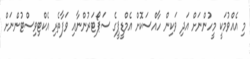
މި އެއްވުމަކީ މީހުންނަށް އަދި ވަކިން ހާއްސަކޮށް އެމްޑީޕީގެ ސަޕޯޓަރުންނާއި ވަފާތެރި އެކްޓިވިސްޓުންނަށް